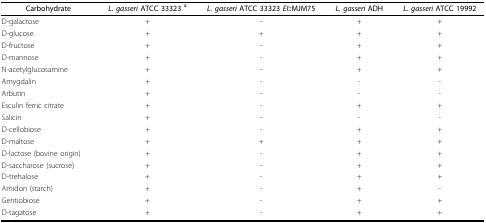
<table><thead><tr><td><b>Carbohydrate</b></td><td><b><i>L. gasseri </i>ATCC 33323 <sup>a</sup></b></td><td><b><i>L. gasseri </i>ATCC 33323 <i>EI</i>::MJM75</b></td><td><b><i>L. gasseri </i>ADH</b></td><td><b><i>L. gasseri </i>ATCC 19992</b></td></tr></thead><tbody><tr><td>D-galactose</td><td>+</td><td>-</td><td>+</td><td>+</td></tr><tr><td>D-glucose</td><td>+</td><td>+</td><td>+</td><td>+</td></tr><tr><td>D-fructose</td><td>+</td><td>-</td><td>+</td><td>+</td></tr><tr><td>D-mannose</td><td>+</td><td>-</td><td>+</td><td>+</td></tr><tr><td>N-acetylglucosamine</td><td>+</td><td>-</td><td>+</td><td>+</td></tr><tr><td>Amygdalin</td><td>+</td><td>-</td><td>-</td><td>-</td></tr><tr><td>Arbutin</td><td>+</td><td>-</td><td>-</td><td>-</td></tr><tr><td>Esculin ferric citrate</td><td>+</td><td>-</td><td>+</td><td>+</td></tr><tr><td>Salicin</td><td>+</td><td>-</td><td>-</td><td>-</td></tr><tr><td>D-cellobiose</td><td>+</td><td>-</td><td>+</td><td>+</td></tr><tr><td>D-maltose</td><td>+</td><td>+</td><td>+</td><td>+</td></tr><tr><td>D-lactose (bovine origin)</td><td>+</td><td>-</td><td>+</td><td>+</td></tr><tr><td>D-saccharose (sucrose)</td><td>+</td><td>-</td><td>+</td><td>+</td></tr><tr><td>D-trehalose</td><td>+</td><td>-</td><td>+</td><td>+</td></tr><tr><td>Amidon (starch)</td><td>+</td><td>-</td><td>+</td><td>-</td></tr><tr><td>Gentiobiose</td><td>+</td><td>-</td><td>+</td><td>+</td></tr><tr><td>D-tagatose</td><td>+</td><td>-</td><td>+</td><td>+</td></tr></tbody></table>